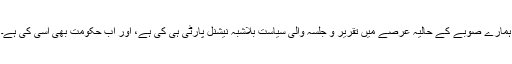
ہمارے صوبے کے حالیہ عرصے میں تقریر و جلسہ والی سیاست بلاشبہ نیشنل پارٹی ہی کی ہے، اور اب حکومت بھی اُسی کی ہے۔